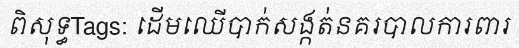
ពិសុទ្ធTags: ដើមឈើបាក់សង្កត់នគរបាលការពារ